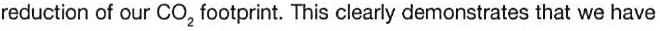
reduction of our CO2 footprint. This clearly demonstrates that we have